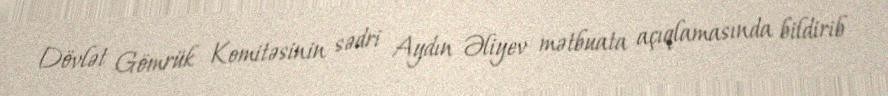
Dövlət Gömrük Komitəsinin sədri Aydın Əliyev mətbuata açıqlamasında bildirib